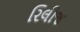
રિલીજ